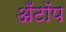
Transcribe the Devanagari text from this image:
अँटॉप